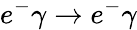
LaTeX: e^{-}\gamma\rightarrow e^{-}\gamma